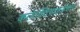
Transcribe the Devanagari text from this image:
कलेक्टिवाइज़ेशन